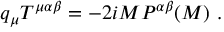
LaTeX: q _ { \mu } T ^ { \mu \alpha \beta } = - 2 i M P ^ { \alpha \beta } ( M ) ~ .